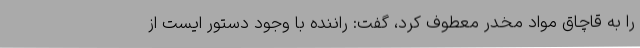
را به قاچاق مواد مخدر معطوف کرد، گفت: راننده با وجود دستور ایست از